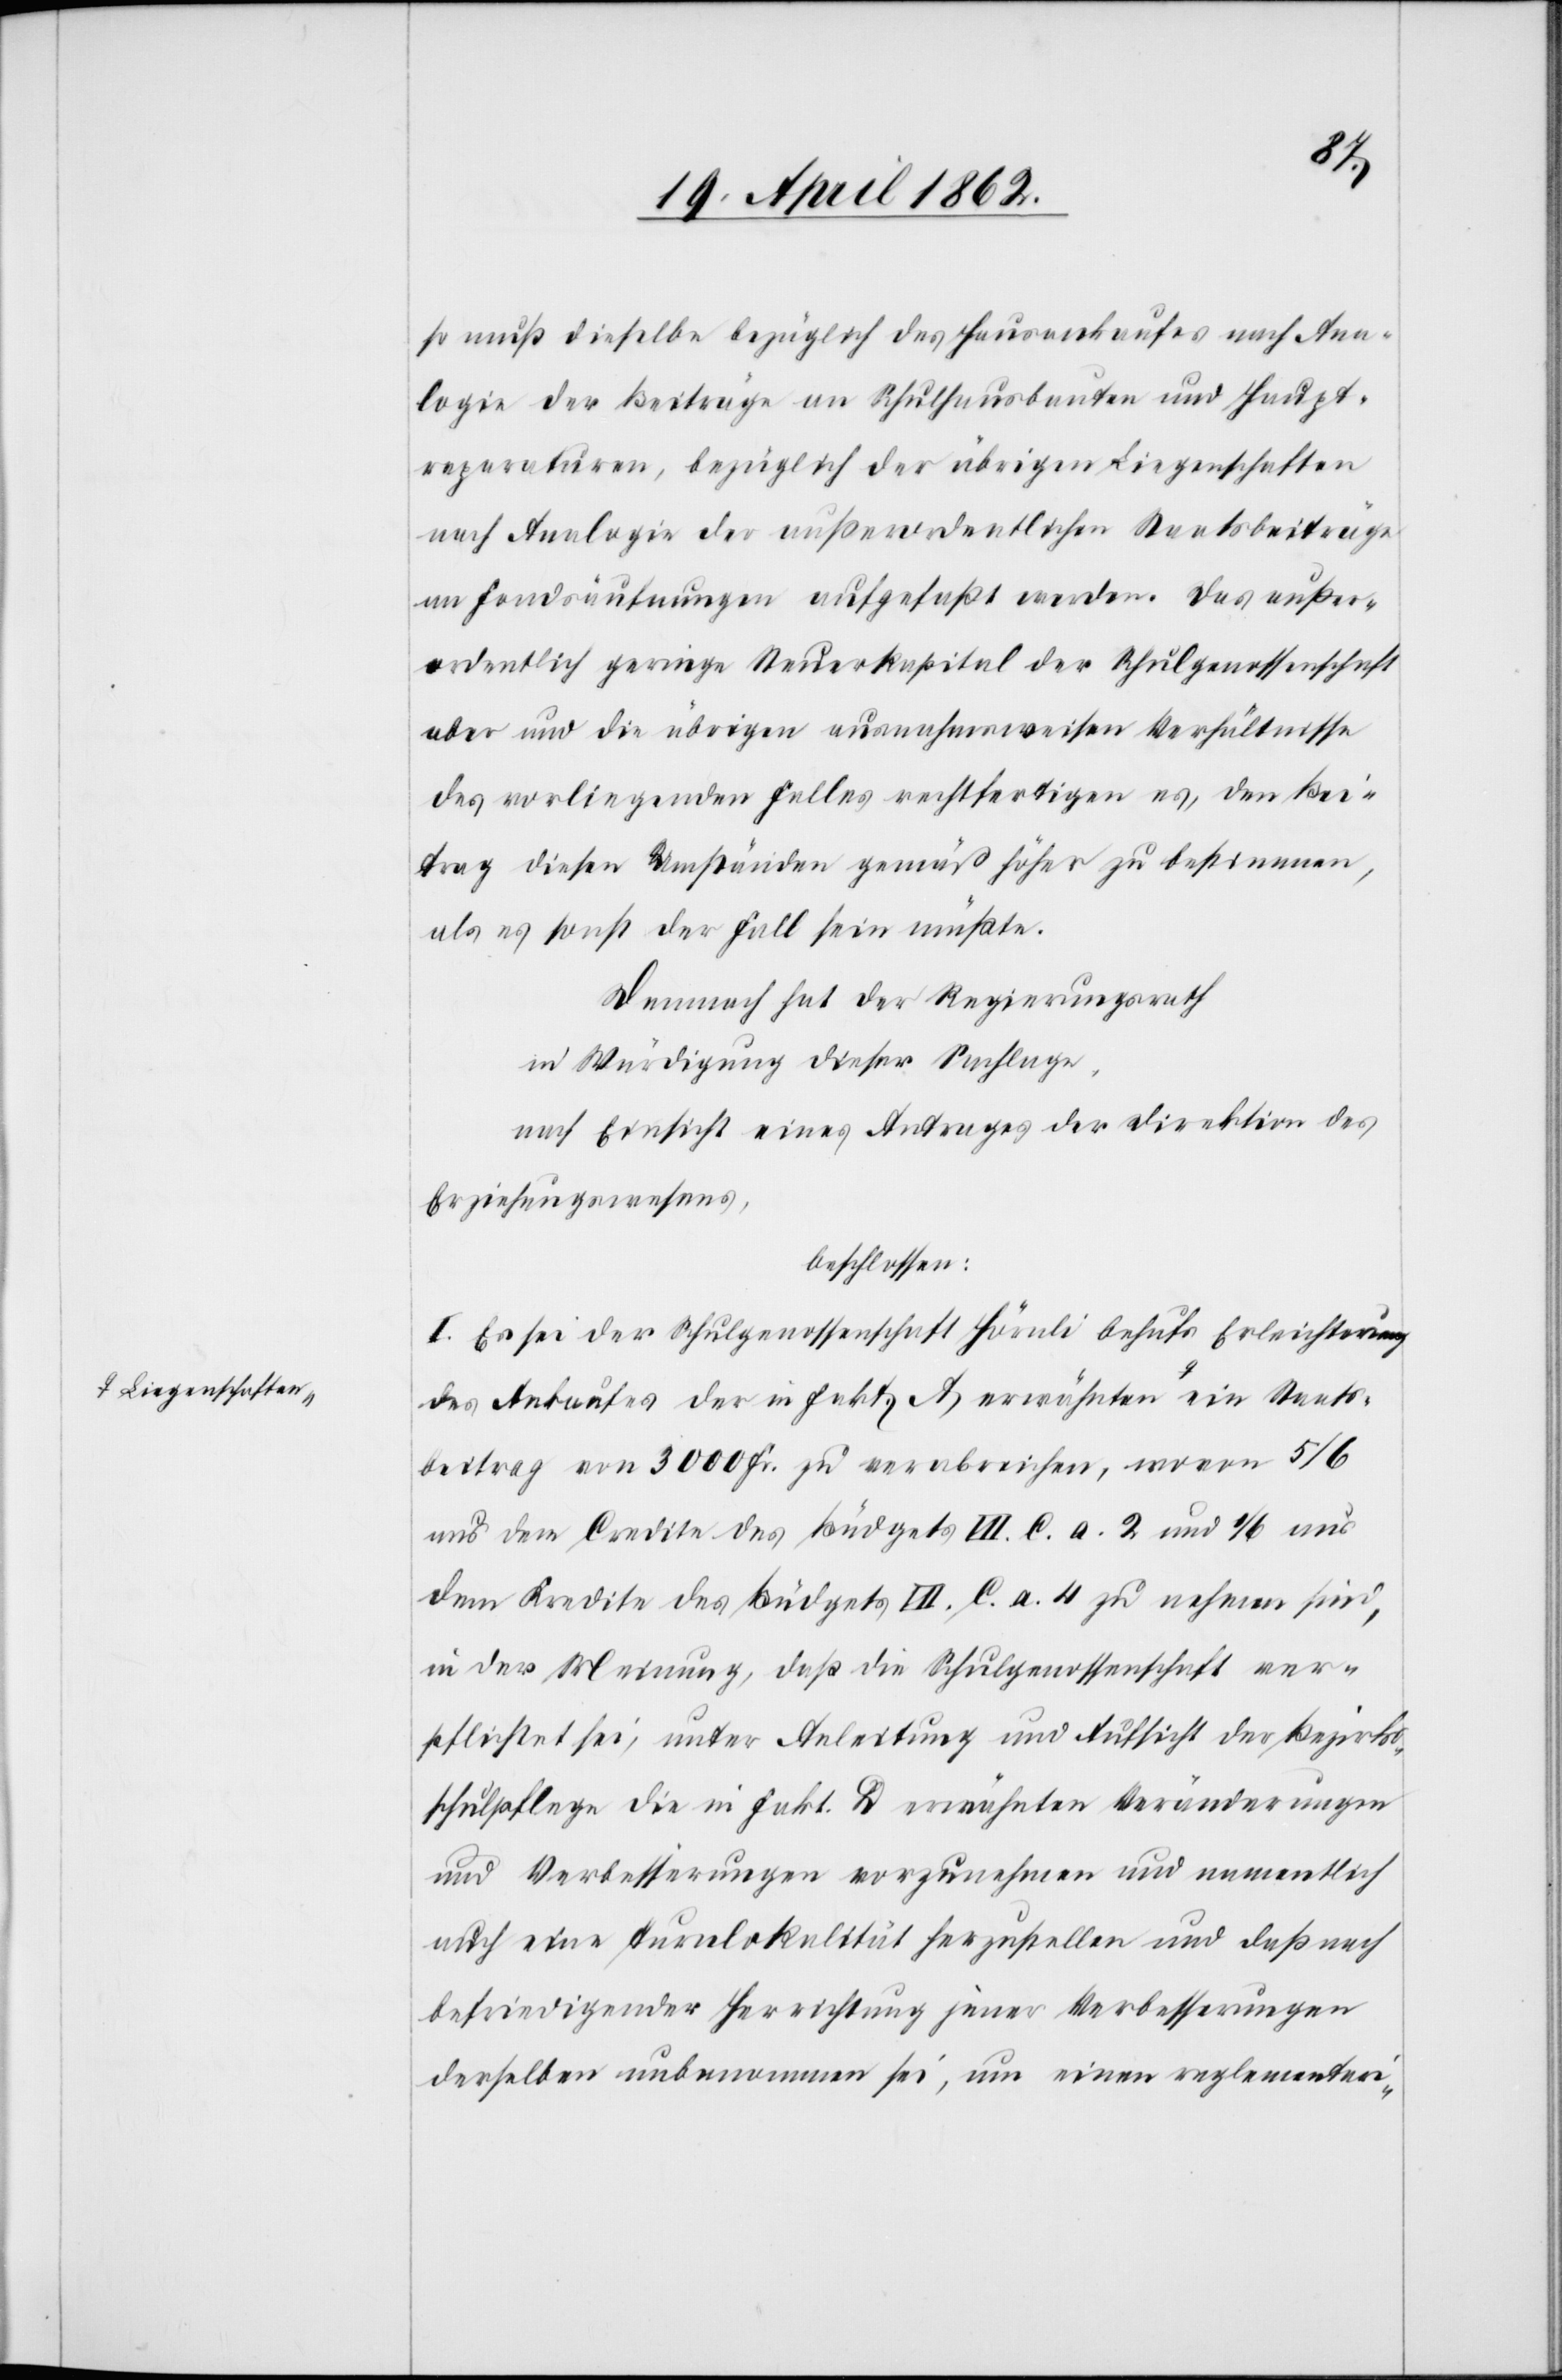
ts¬
so muß dieselbe bezüglich des Hausankaufes nach Ana¬
logie der Beiträge an Schulhausbauten und Haupt¬
reparaturen, bezüglich der übrigen Liegenschaften
nach Analogie der außerordentlichen Staatsbeiträge
an Fondsaufnungen aufgefaßt werden. Das außer¬
ordentlich geringe Steuerkapital der Schulgenossenschaft
aber und die übrigen ausnahmsweisen Verhältnisse
des vorliegenden Falles rechtfertigen es, den Bei¬
trag diesen Umständen gemäß höher zu bestimmen,
als es sonst der Fall sein müßte.
Demnach hat der Regierungsrath
in Würdigung dieser Sachlage
nach Einsicht eines Antrages der Direktion des
Erziehungswesens,
beschlossen:
I. Es sei der Schulgenossenschaft Hörnli behufs Erleichterung
des Ankaufes der in Fakt. A. erwähnten a-Liegens¬
beitrag von 3000 Fr. zu verabreichen, wovon 5/6
aus dem Credite des Büdgets VII. C. a. 2 und 1/6 aus
dem Kredite des Büdgets VII. C. a. 4 zu nehmen sind,
in der Meinung, daß die Schulgenossenschaft ver¬
pflichtet sei, unter Anleitung und Aufsicht der Bezirks¬
schulpflege die in Fakt. D erwähnten Veränderungen
und Verbesserungen vorzunehmen und namentlich
auch eine Turnlokalität herzustellen und daß nach
befriedigender Herrichtung jener Verbesserungen
derselben unbenommen sei, um reglementari-